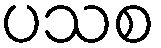
ပသစ